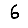
Digit: 6